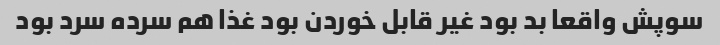
سوپش واقعا بد بود غیر قابل خوردن بود غذا هم سرده سرد بود